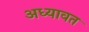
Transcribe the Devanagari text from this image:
अध्यावत